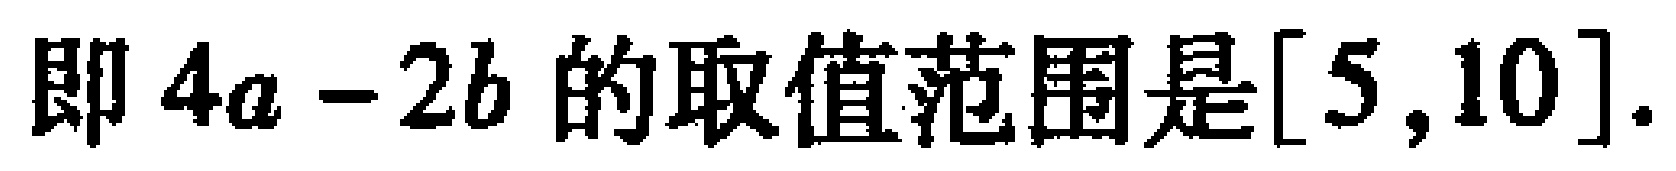
即 \(4a - 2b\) 的取值范围是\([5,10]\).